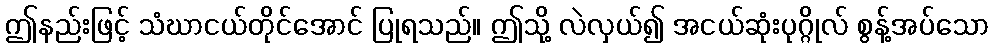
ဤနည်းဖြင့် သံဃာငယ်တိုင်အောင် ပြုရသည်။ ဤသို့ လဲလှယ်၍ အငယ်ဆုံးပုဂ္ဂိုလ် စွန့်အပ်သော